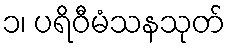
၁၊ ပရိဝီမံသနသုတ်